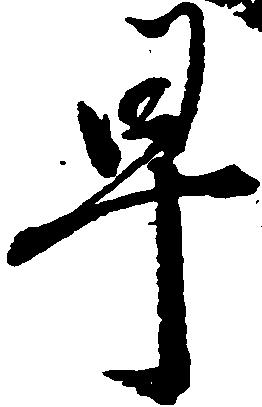
早